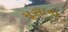
મૂસાના